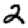
Digit: 2